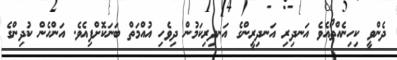
ދެންވީ ކިހިނެއްތޯއެވެ އަނދިރި އަނދިރީންގެ އަނދިރިކަމުން ދިވެހި އުއްމަތް ބަނަކޮށްފިއެވެ. އަންހެން ކުދިންގެ